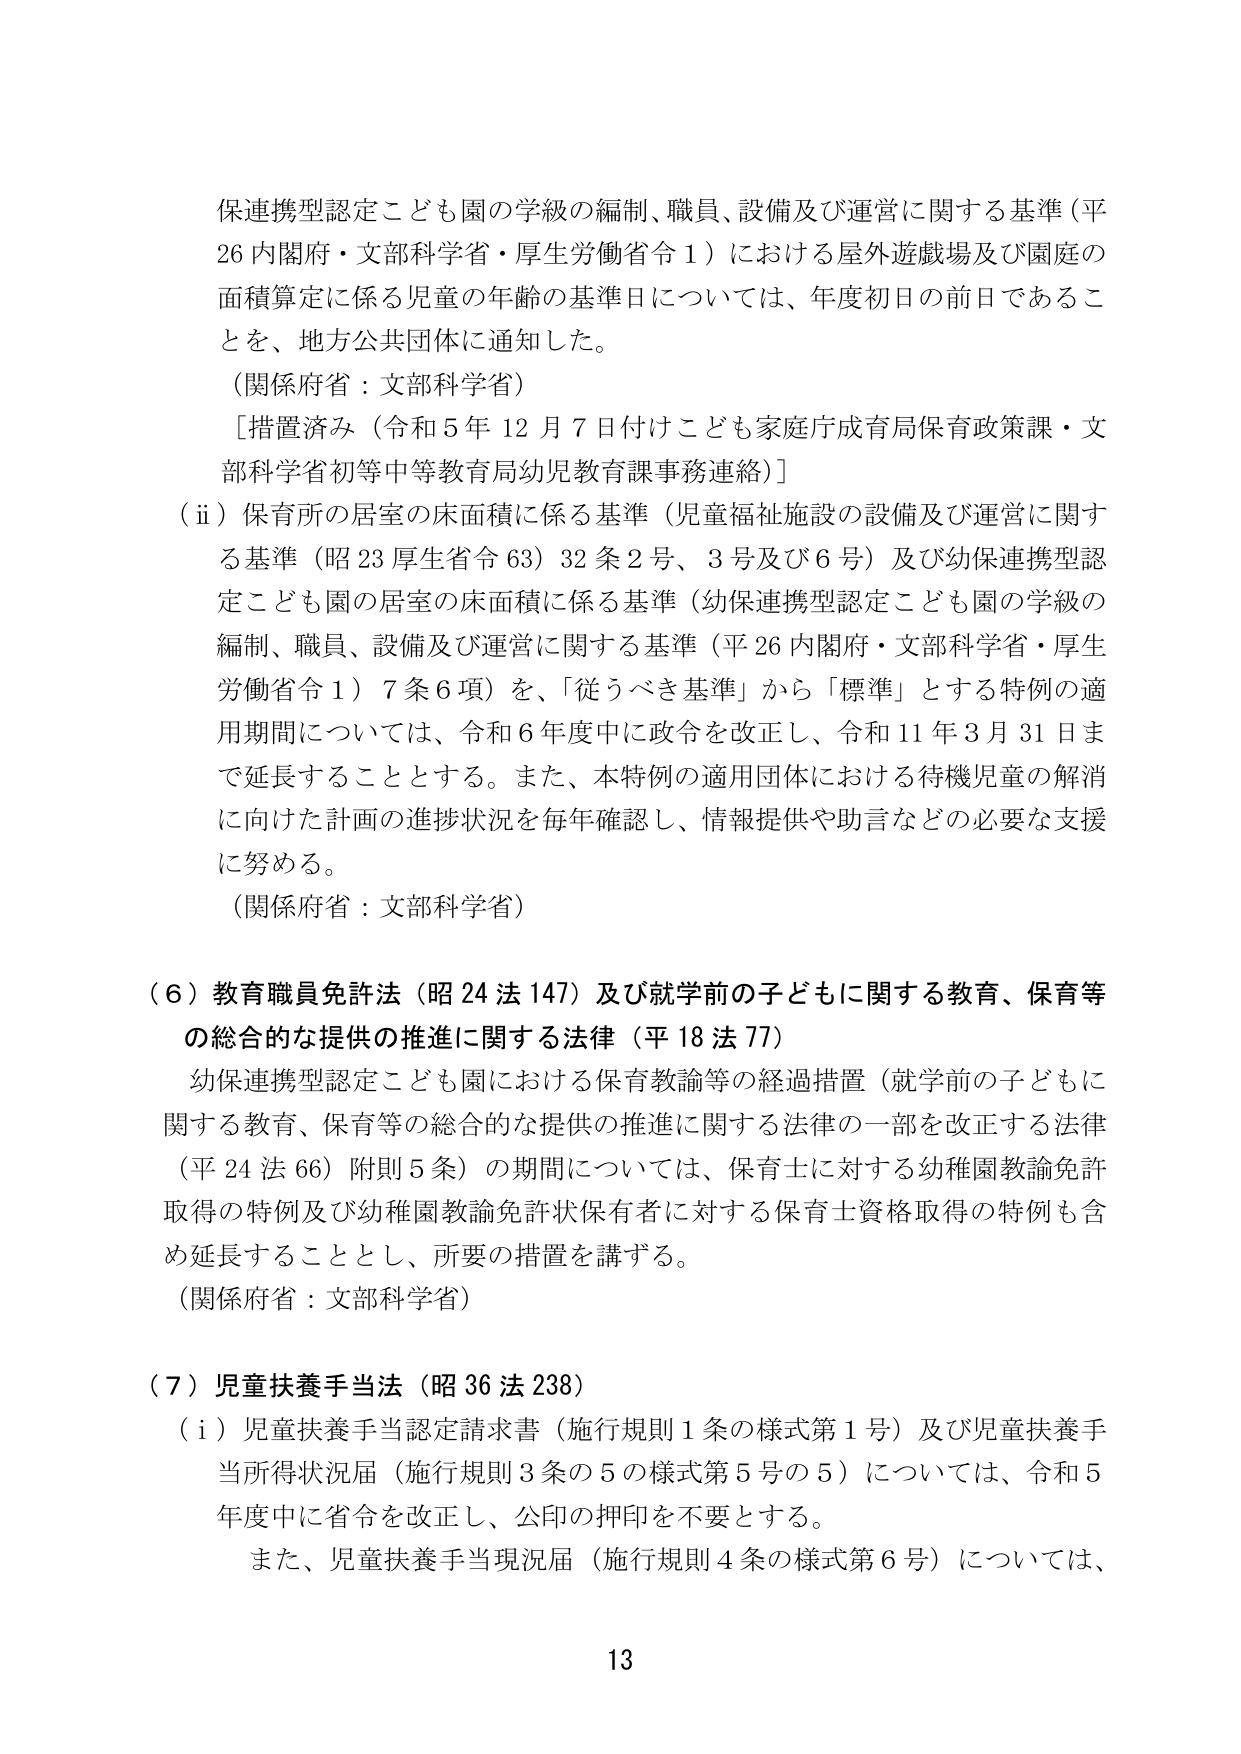
保連携型認定こども園の学級の編制、職員、設備及び運営に関する基準（平26 内閣府・文部科学省・厚生労働省令1）における屋外遊戯場及び園庭の面積算定に係る児童の年齢の基準日については、年度初日の前日であることを、地方公共団体に通知した。

（関係府省：文部科学省）

［措置済み（令和5年12月7日付けこども家庭庁成育局保育政策課・文部科学省初等中等教育局幼児教育課事務連絡）］

（ⅱ）保育所の居室の床面積に係る基準（児童福祉施設の設備及び運営に関する基準（昭23厚生省令63）32条2号、3号及び6号）及び幼保連携型認定こども園の居室の床面積に係る基準（幼保連携型認定こども園の学級の編制、職員、設備及び運営に関する基準（平26内閣府・文部科学省・厚生労働省令1）7条6項）を、「従うべき基準」から「標準」とする特例の適用期間については、令和6年度中に政令を改正し、令和11年3月31日まで延長することとする。また、本特例の適用団体における待機児童の解消に向けた計画の進捗状況を毎年確認し、情報提供や助言などの必要な支援に努める。

（関係府省：文部科学省）

（６）教育職員免許法（昭24法147）及び就学前の子どもに関する教育、保育等の総合的な提供の推進に関する法律（平18法77）

幼保連携型認定こども園における保育教諭等の経過措置（就学前の子どもに関する教育、保育等の総合的な提供の推進に関する法律の一部を改正する法律（平24法66）附則5条）の期間については、保育士に対する幼稚園教諭免許取得の特例及び幼稚園教諭免許状保有者に対する保育士資格取得の特例も含め延長することとし、所要の措置を講ずる。

（関係府省：文部科学省）

（７）児童扶養手当法（昭36法238）

（ⅰ）児童扶養手当認定請求書（施行規則1条の様式第1号）及び児童扶養手当所得状況届（施行規則3条の5の様式第5号の5）については、令和5年度中に省令を改正し、公印の押印を不要とする。

また、児童扶養手当現況届（施行規則4条の様式第6号）については、

13